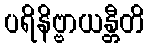
ပရိနိဗ္ဗာယန္တီတိ